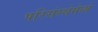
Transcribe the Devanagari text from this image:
परिसंस्थेमेध्ये